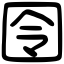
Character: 囹